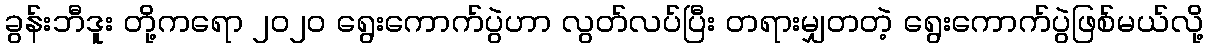
ခွန်းဘီဒူး တို့ကရော ၂၀၂၀ ရွေးကောက်ပွဲဟာ လွတ်လပ်ပြီး တရားမျှတတဲ့ ရွေးကောက်ပွဲဖြစ်မယ်လို့